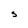
Character: S